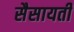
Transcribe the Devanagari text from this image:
सैसायती